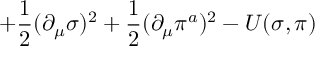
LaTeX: + \frac { 1 } { 2 } ( \partial _ { \mu } \sigma ) ^ { 2 } + \frac { 1 } { 2 } ( \partial _ { \mu } \pi ^ { a } ) ^ { 2 } - U ( \sigma , \pi )